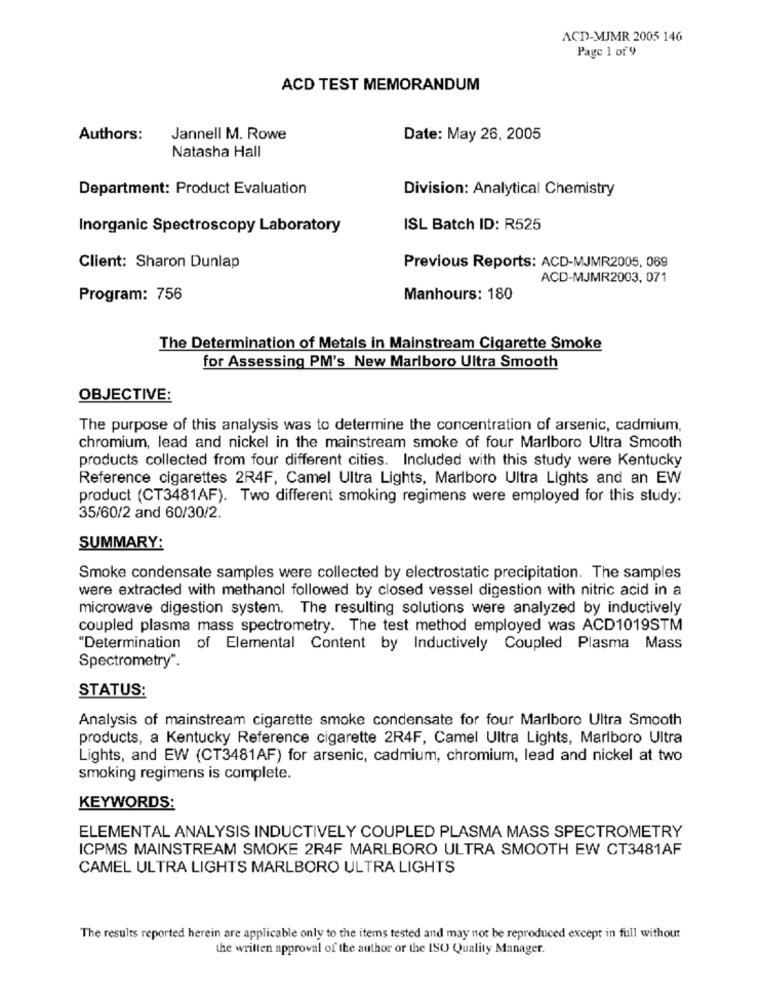
ACD-MJMR 2005 146
Page 1 of 9
ACD TEST MEMORANDUM
Authors:
Jannell M. Rowe
Date: May 26, 2005
Natasha Hall
Department: Product Evaluation
Division: Analytical Chemistry
Inorganic Spectroscopy Laboratory
ISL Batch ID: R525
Client: Sharon Dunlap
Previous Reports: ACD-MJMR2005, 069
ACD-MJMR2003, 071
Program: 756
Manhours: 180
The Determination of Metals in Mainstream Cigarette Smoke
for Assessing PM's New Marlboro Ultra Smooth
OBJECTIVE:
The purpose of this analysis was to determine the concentration of arsenic, cadmium,
chromium, lead and nickel in the mainstream smoke of four Marlboro Ultra Smooth
products collected from four different cities. Included with this study were Kentucky
Reference cigarettes 2R4F, Camel Ultra Lights, Marlboro Ultra Lights and an EW
product (CT3481AF). Two different smoking regimens were employed for this study:
35/60/2 and 60/30/2.
SUMMARY:
Smoke condensate samples were collected by electrostatic precipitation. The samples
were extracted with methanol followed by closed vessel digestion with nitric acid in a
microwave digestion system. The resulting solutions were analyzed by inductively
coupled plasma mass spectrometry. The test method employed was ACD1019STM
"Determination of Elemental Content by Inductively Coupled Plasma Mass
Spectrometry".
STATUS:
Analysis of mainstream cigarette smoke condensate for four Marlboro Ultra Smooth
products, a Kentucky Reference cigarette 2R4F, Camel Ultra Lights, Marlboro Ultra
Lights, and EW (CT3481AF) for arsenic, cadmium, chromium, lead and nickel at two
smoking regimens is complete.
KEYWORDS:
ELEMENTAL ANALYSIS INDUCTIVELY COUPLED PLASMA MASS SPECTROMETRY
ICPMS MAINSTREAM SMOKE 2R4F MARLBORO ULTRA SMOOTH EW CT3481AF
CAMEL ULTRA LIGHTS MARLBORO ULTRA LIGHTS
The results reported herein are applicable only to the items tested and may not be reproduced except in full without
the written approval of the author or the ISO Quality Manager.